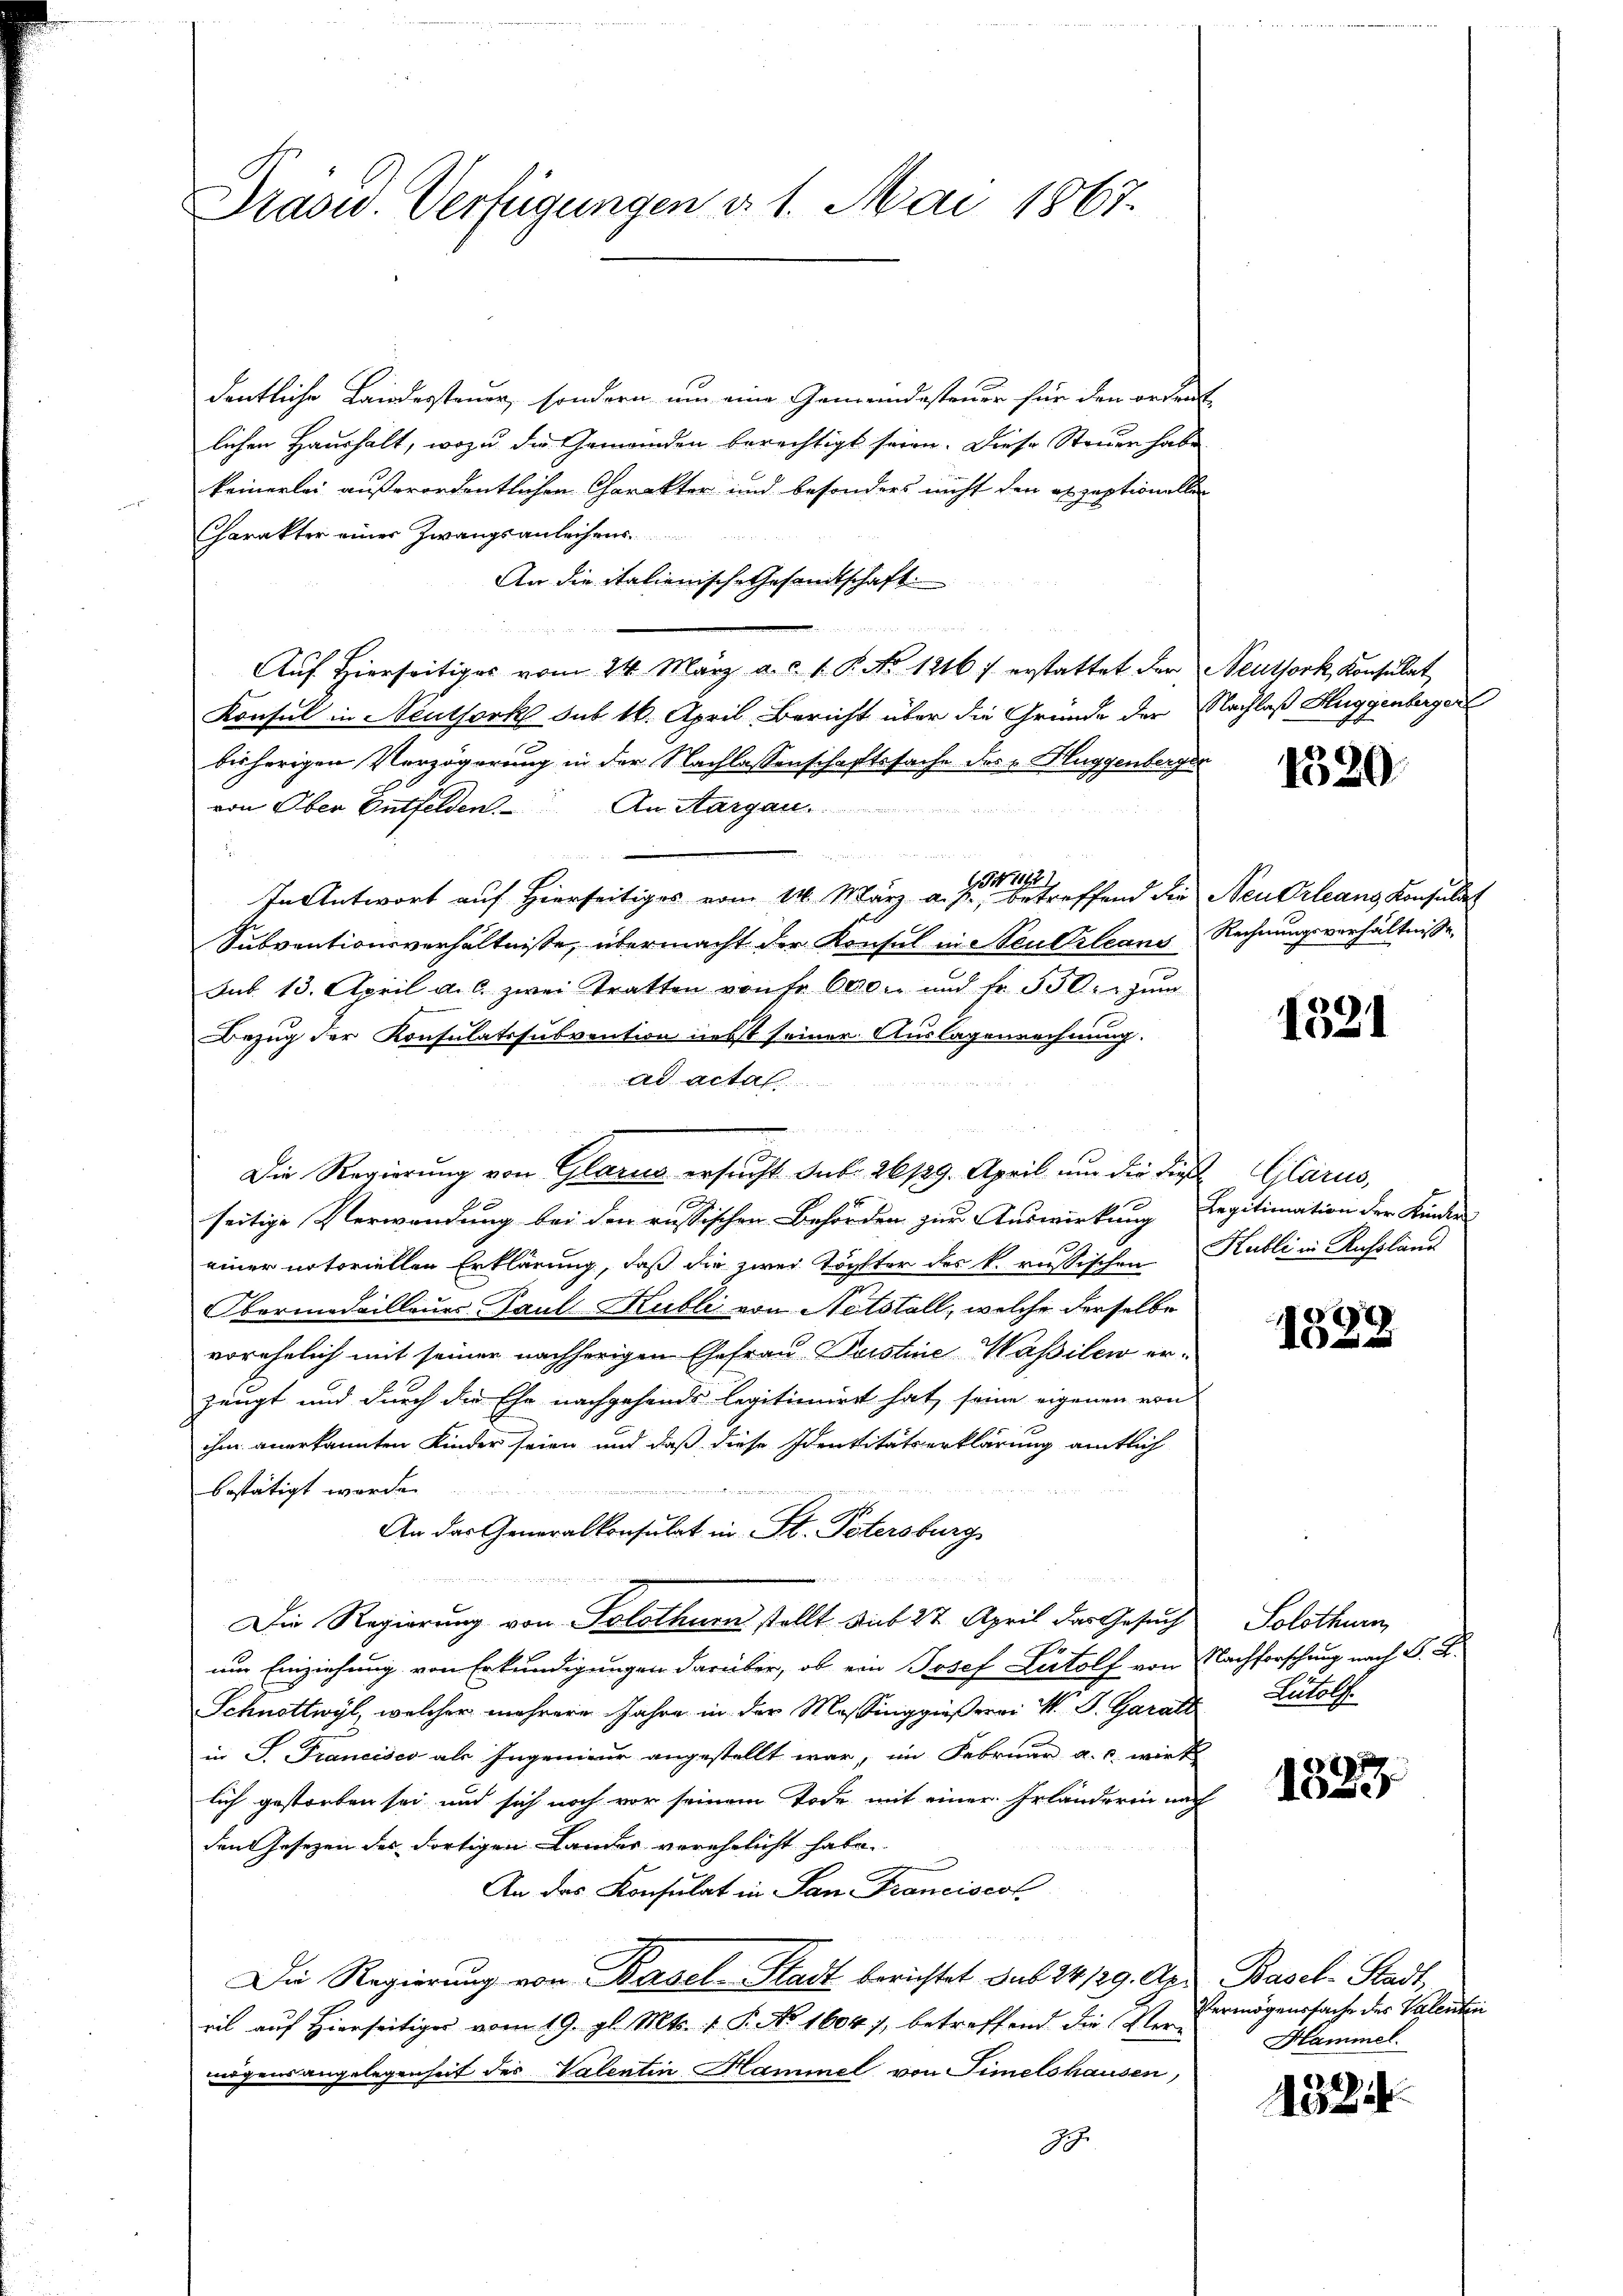
Prasw. Verfügungen d. 1. Mai 1867.

dentliche Landersteuer, sondern um eine Gemeindesteuer für den ordent
lichen Haushalt, wozu die Gemeinden berechtigt seien. Diese Steuer habe
keinerlei außerordentlichen Charakter und besonders nicht den akzeptionellen
Charakter einer Zwangsanleihens
An die italienisch-Gesandtschaft

Auf Hierseitiges vom 24. März a. c. 1 P. No. 1216) erstattet der Neuthork, Konsulat
Konsul in Neuthork sub 16. April, Bericht über die Gründe der Nachlaß Huggenberger
bisherigen Verzögerung in der Nachlassenschaftssache des „Hluggenberge
von Ober Entfelden. An Sargau.

134, 171
In Antwort auf Hierseitiges vom 11. März a. p., betreffend die Neu Orleans Konsulat
Subventionsverhältnisse, übermacht der Konsul in Steuerleans Rechnungsverhältnisse
Sub. 13. April a. c. zwei Tratten von Fr. 600 r. und fr. 530. zŭm
Bezug der Konsulatssubvention nebst seiner Auslagenrechnung.
ad actal
m
Die Regierung von Glarus ersucht sub 26/29. April um die die Glarus,
seitige Verwendung bei den russischen Behörden zur Auswirkung, Legitimation der Kinder
Fr
einer notoriellen Erklärung, daß die zwei Töchter des k. russischen Kubli in Russland
Obermedailleurs Paul Kubli von Netstall, welche derselbe
vorehelich mit seiner nachherigen Ehefrau Puistine Wasilen erzeugt und durch die Ehe nachgehends legitimiret hat, seine eigenen von
ihm anerkannten Kinder seien und daß diese Identitätserklärung amtlich
bestätigt worden
An das Generalkonsulat in St. Petersburg
¬
Die Regierung von Solothurn stellt sub 27. April der Gesuch
um Einziehung von Erkundigungen darüber, ob ein Josef Lutolf von Nachforschung nach G. B.
Schnottwyl, welcher mehrere Jahre in der Massinggießerei M. J. Garant Lutolf.
in P. Francisco als Ingenieur angestellt war, im Februar a. c. wirk
lich gestorben sei und sich noch vor seinem Tode mit einer Erlanderin nach
den Gesezen des dortigen Lander verehelicht habe.
An das Konsulat in San Franciscol
Die Regierung von Basel-Stadt berichtet sub 24. 129. Apr Basel-Stadt,
ril auf Hierseitiger vom 19. gl. Mts. 1. P. No 1604, betreffend die Vermögensangelegenheit des Valentin Hammel von Simelshausen,
.

1520

1321

0
A in d

Solothurn,

8
Nose

Vermögenssache des Valenten
Hammel.

432.